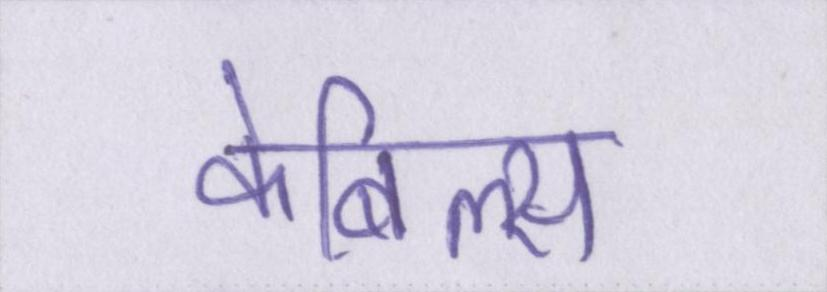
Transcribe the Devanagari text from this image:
केबिल्स